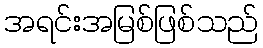
အရင်းအမြစ်ဖြစ်သည်